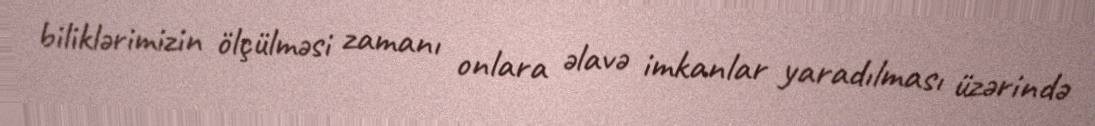
biliklərimizin ölçülməsi zamanı onlara əlavə imkanlar yaradılması üzərində